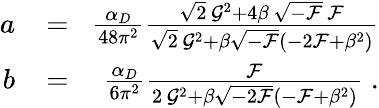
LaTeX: \begin{array}{rlr}{a\! }&{{}=}&{\! \frac{\alpha_{D}}{48\pi^{2}}\frac{\sqrt{2}\, {\cal G}^{2}+4\beta\, \sqrt{-{\cal F}}\, {\cal F}}{\sqrt{2}\, {\cal G}^{2}+\beta\sqrt{-{\cal F}}(-2{\cal F}+\beta^{2})}}\\ {b\! }&{{}=}&{\! \frac{\alpha_{D}}{6\pi^{2}}\frac{{\cal F}}{2\, {\cal G}^{2}+\beta\sqrt{-2{\cal F}}(-{\cal F}+\beta^{2})}\; .}\end{array}